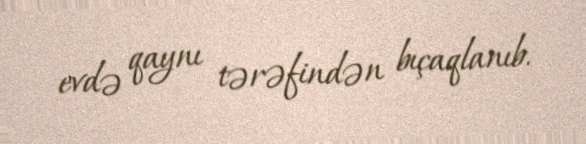
evdə qaynı tərəfindən bıçaqlanıb.